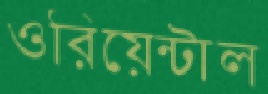
ওরিয়েন্টাল